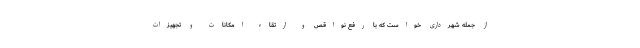
از جمله شهرداری خواست که با رفع نواقص و ارتقاء امکانات و تجهیزات